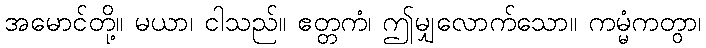
အမောင်တို့။ မယာ၊ ငါသည်။ ဧတ္တကံ၊ ဤမျှလောက်သော။ ကမ္မံကတွာ၊